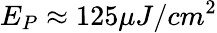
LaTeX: E_{P}\approx 125\mu J/cm^{2}